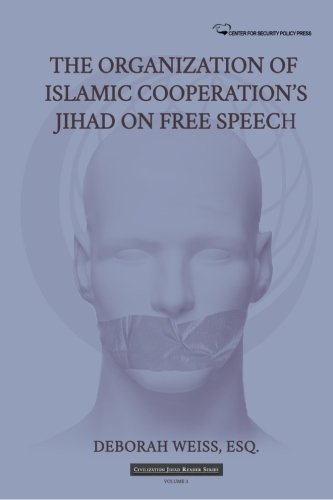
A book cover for The Organization of Islamic Cooperation's Jihad on Free Speech (Civilization Jihad Reader Series) (Volume 3); Deborah Weiss Esq.; Religion & Spirituality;